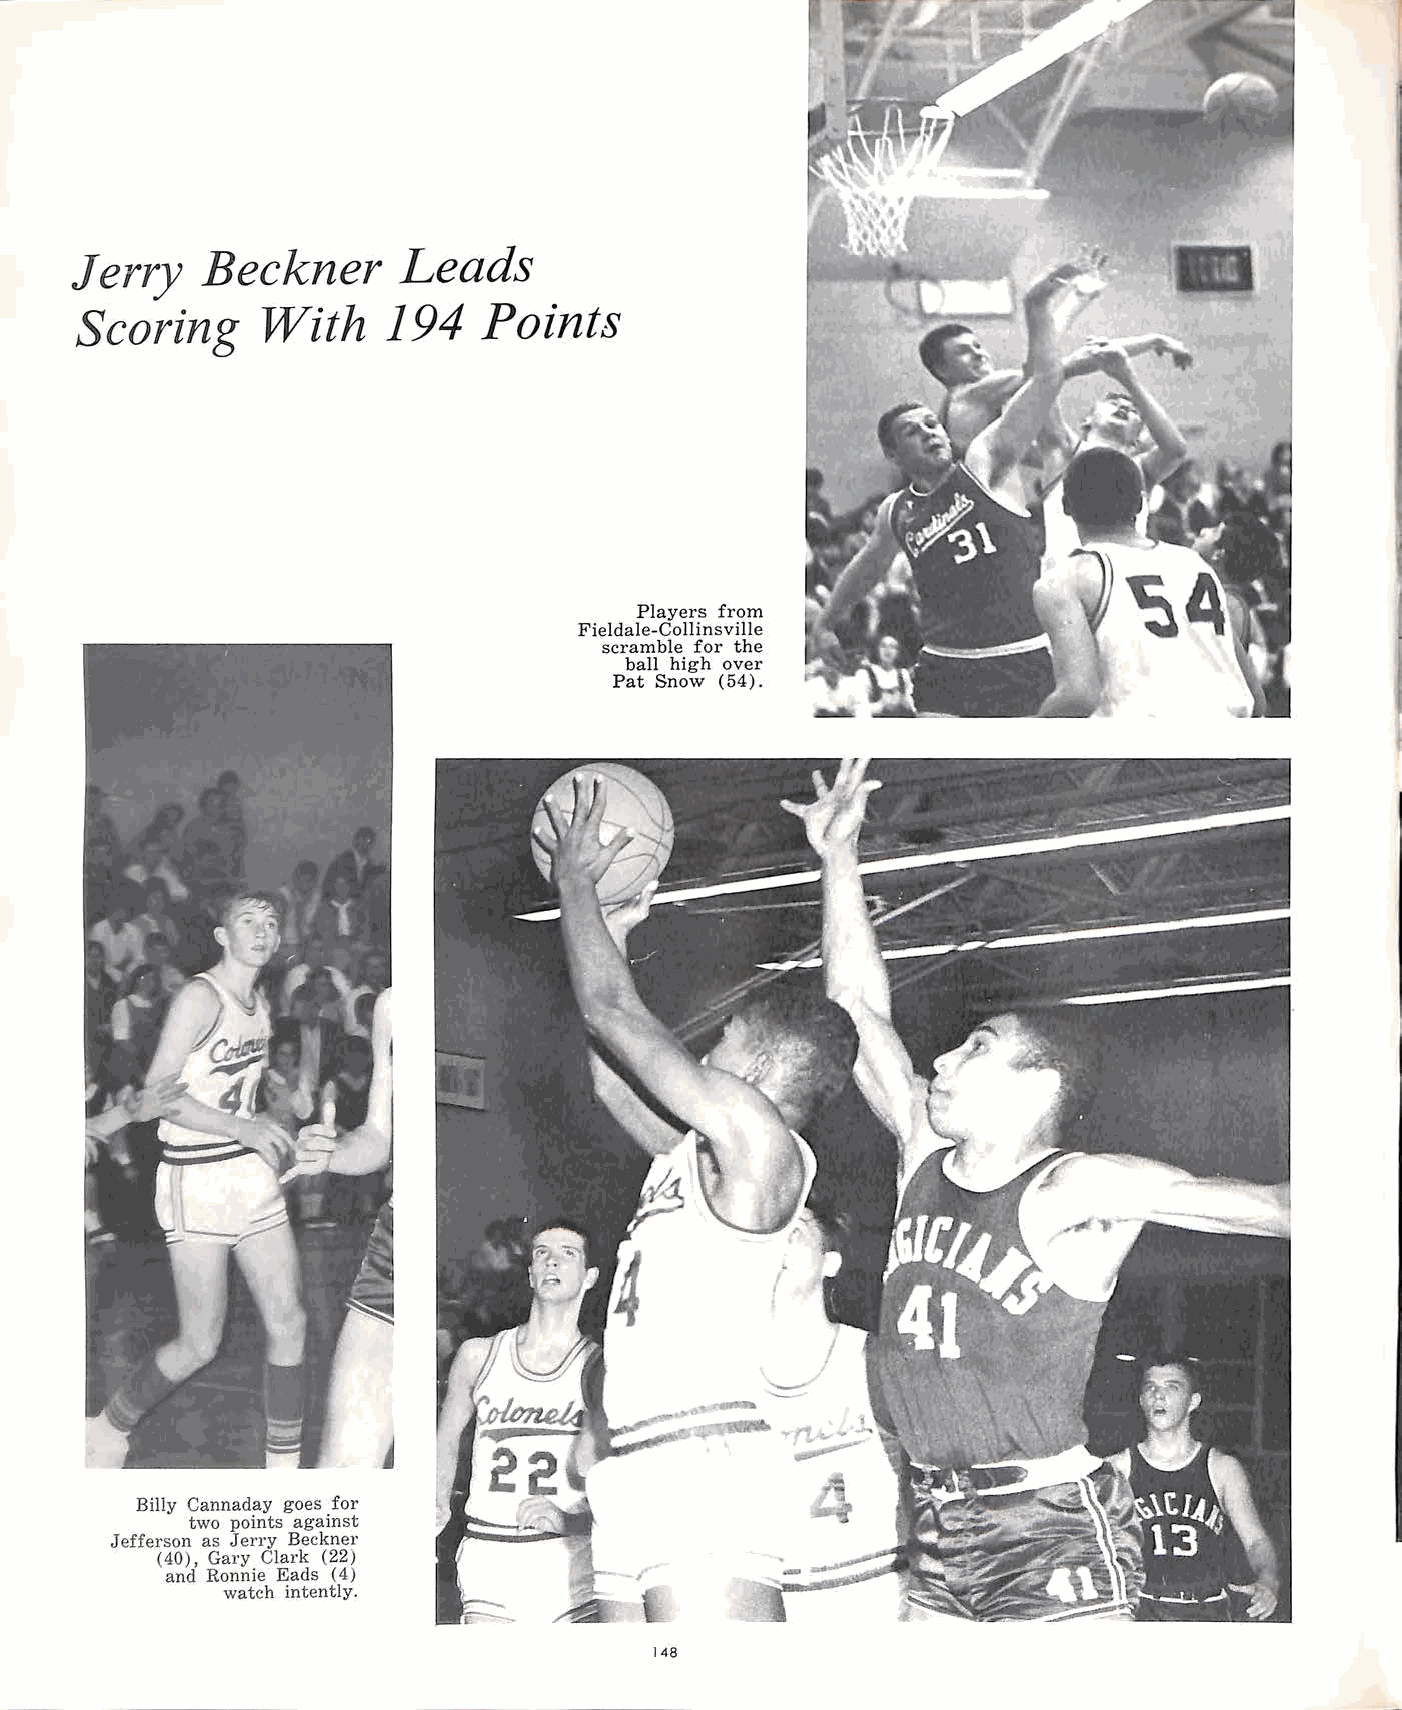
Jerry   Beckner      Leads
 Scoring     With     194   Points
 Players from
 Fieldale-Collinsville
 scramble for the
 ball high over
 Pat Snow (54).
 Billy Cannaday goes for
 two points against
 Jefferson as Jerry Beckner
 (40), Gary Clark (22)
 and Ronnie Eads (4)
 watch intently.
 148